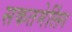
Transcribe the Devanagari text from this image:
सकतमेलिंग